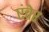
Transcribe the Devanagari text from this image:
एंचेर